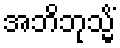
အဘိဘုသ္မိံ